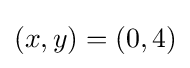
(x,y)=(0,4)